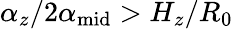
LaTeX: \alpha_{z}/2\alpha_{\mathrm{mid}}>H_{z}/R_{0}